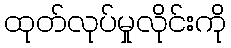
ထုတ်လုပ်မှုလိုင်းကို